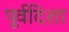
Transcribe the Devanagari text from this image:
पूर्वदिशा